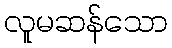
လူမဆန်သော